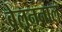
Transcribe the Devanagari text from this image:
बेलननाल